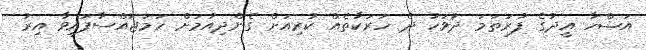
އަޟްހާ އީދުގެ ފުރަތަމަ ދުވަހު ދެ ހަރަކާތެއް ކުރިއަށް ގެންދިއުމަށް ހަމަޖައްސާފައިވާ އިރު